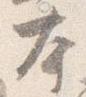
本